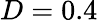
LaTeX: D=0.4